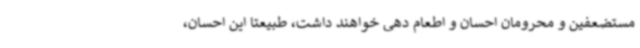
مستضعفین و محرومان احسان و اطعام دهی خواهند داشت، طبیعتا این احسان،